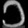
Digit: ၁